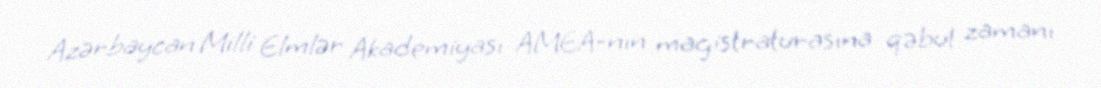
Azərbaycan Milli Elmlər Akademiyası AMEA-nın magistraturasına qəbul zamanı